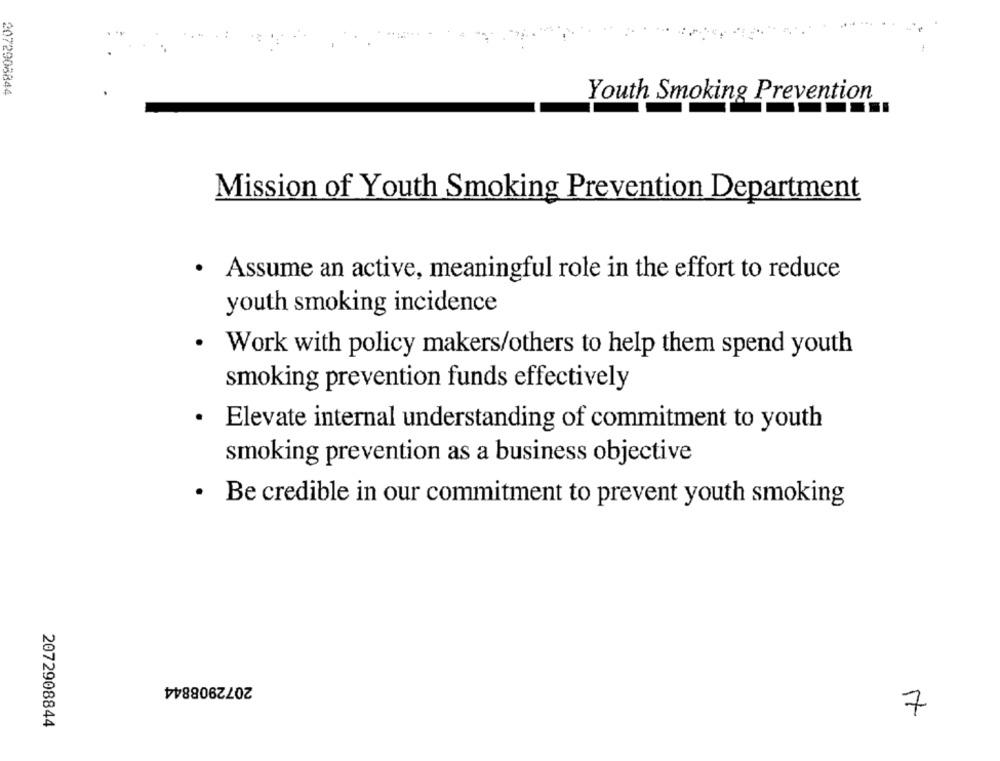
2072908844
Youth Smoking Prevention
Mission of Youth Smoking Prevention Department
· Assume an active, meaningful role in the effort to reduce
youth smoking incidence
. Work with policy makers/others to help them spend youth
smoking prevention funds effectively
.
Elevate internal understanding of commitment to youth
smoking prevention as a business objective
· Be credible in our commitment to prevent youth smoking
2072908844
7
2072908844